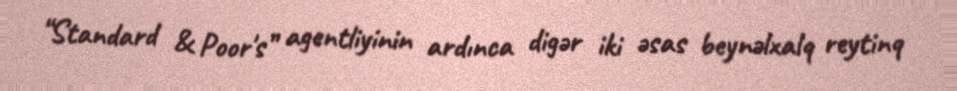
“Standard & Poor's” agentliyinin ardınca digər iki əsas beynəlxalq reytinq